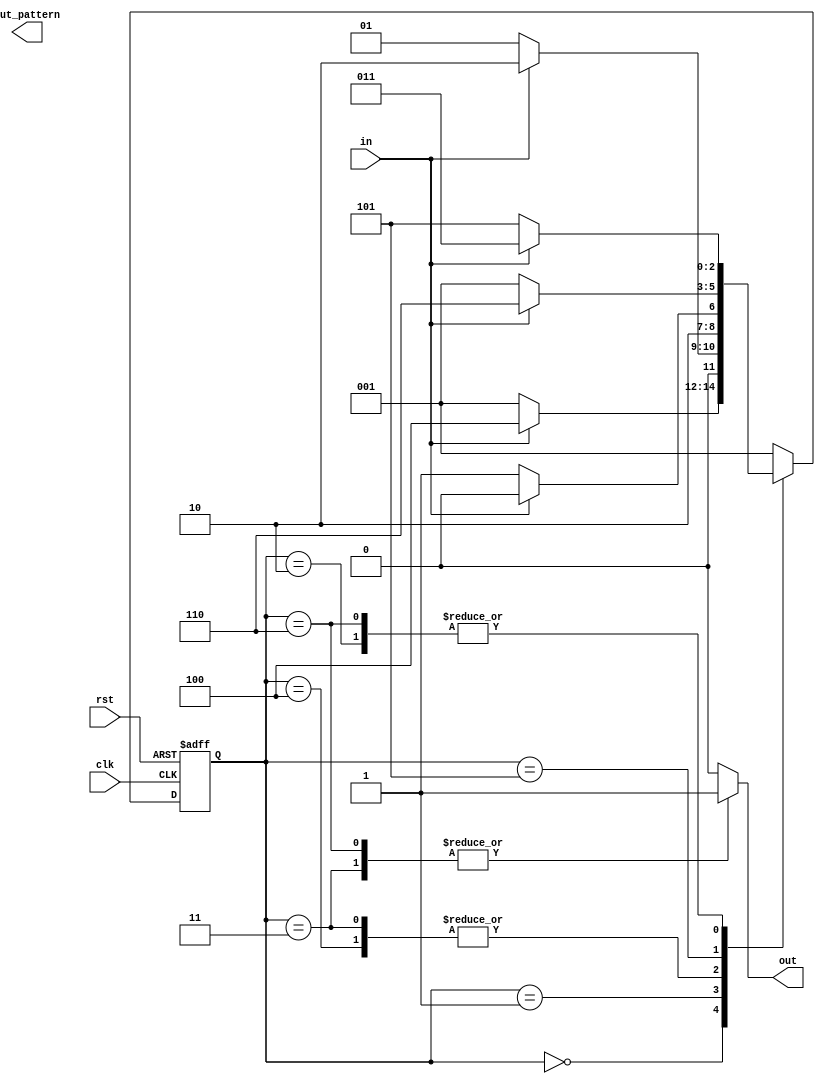
// pattern detection of 101 and 011 using mixed machine (moore machine)

module multi_pattern_fsm (clk, rst, in, out, out_pattern);		// to detect two patterns i.e. 011 and 1010 simultaneously

input clk, rst, in;							// variable in is to define the input sequence
output reg out;								// variable out goes high if the patter is detected
output reg [4:0] out_pattern;						// to check the current pattern that has been detected

parameter S0= 0, S1= 1, S2= 2, S3= 3, S4= 4, S5= 5, S6= 6, S7= 7; 	// 7 states
reg [2:0] PS, NS;							// to define the present state and the next state


always @(posedge clk or posedge rst)					// procedural block reset the present state if rst is high 

	begin 
	 if (rst) PS <= S0;
	 else PS<= NS;							// if the rst is not high then the present state should go to the next state
	end

always @(PS, in)							// procedural block to be executed when either the PS or the input changes

case (PS)

	S0:
	begin

		if (in==0)						// if input is 0 then the next state is S1 and the pattern detected is 0000 i.e. 0 is received at i/p
		 begin
		   NS<= S1;
		   //out_pattern<= 5'b00000;
		   out<= 0;
		 end 

		else
		 begin
		   NS<= S4;
		   //out_pattern<= 5'b10000;				// if input is 1 then the next state is S4 and the pattern detected is 1000 i.e. 0 is received at i/p
		   out<= 0;
		 end 

	end


	S1:
	begin

		if (in==1)						// if input is 0 then the next state is S1 and the pattern detected is 0000 i.e. 0 is received at i/p
		 begin
		   NS<= S2;
		   //out_pattern<= 5'b00001;
		   out<= 0;
		 end 

		else
		 begin
		   NS<= S1;
		   //out_pattern<= 5'b00000;				// if input is 0 then the next state is S1 and the pattern detected is 0000 i.e. 0 is received at i/p
		   out<= 0;
		 end 

	end

	S2:
	begin

		if (in==1)						// if input is 0 then the next state is S1 and the pattern detected is 0000 i.e. 0 is received at i/p
		 begin
		   NS<= S3;
		   //out_pattern<= 5'b00011;
		   out<= 0;
		 end 

		else
		 begin
		   NS<= S5;
		   //out_pattern<= 5'b00010;				// if input is 0 then the next state is S1 and the pattern detected is 0000 i.e. 0 is received at i/p
		   out<= 0;
		 end 

	end

	S3:
	begin

		if (in==0)						// if input is 0 then the next state is S1 and the pattern detected is 0000 i.e. 0 is received at i/p
		 begin
		   NS<= S5;
		   //out_pattern<= 5'b00110;
		   out<= 1;
		 end 

		else
		 begin
		   NS<= S4;
		   //out_pattern<= 5'b00111;				// if input is 0 then the next state is S1 and the pattern detected is 0000 i.e. 0 is received at i/p
		   out<= 1;
		 end 

	end

	S4:
	begin

		if (in==1)						// if input is 0 then the next state is S1 and the pattern detected is 0000 i.e. 0 is received at i/p
		 begin
		   NS<= S4;
		   //out_pattern<= 5'b00000;   //check
		   out<= 0;
		 end 

		else
		 begin
		   NS<= S5;
		   //out_pattern<= 5'b10000;  //check the pattern		// if input is 0 then the next state is S1 and the pattern detected is 0000 i.e. 0 is received at i/p
		   out<= 0;
		 end 

	end

	S5:
	begin

		if (in==1)						// if input is 0 then the next state is S1 and the pattern detected is 0000 i.e. 0 is received at i/p
		 begin
		   NS<= S6;
		   //out_pattern<= 5'b00101;   // check
		   out<= 0;
		 end 

		else
		 begin
		   NS<= S1;
		   //out_pattern<= 5'b00000;   //check			// if input is 0 then the next state is S1 and the pattern detected is 0000 i.e. 0 is received at i/p
		   out<= 0;
		 end 

	end

	S6:
	begin

		if (in==0)						// if input is 0 then the next state is S1 and the pattern detected is 0000 i.e. 0 is received at i/p
		 begin
		   NS<= S5;
		   //out_pattern<= 5'b01010;   //check
		   out<= 1;
		 end 

		else
		 begin
		   NS<= S3;
		   //out_pattern<= 5'b01011;   //check			// if input is 0 then the next state is S1 and the pattern detected is 0000 i.e. 0 is received at i/p
		   out<= 1;
		 end 

	end

	/*S7:
	begin

		if (in==0)						// if input is 0 then the next state is S1 and the pattern detected is 0000 i.e. 0 is received at i/p
		 begin
		   NS<= S1;
		   out_pattern<= 5'b10100;   //check
		   out<= 0;
		 end 

		else
		 begin
		   NS<= S6;
		   out_pattern<= 5'b10101;   //check			// if input is 0 then the next state is S1 and the pattern detected is 0000 i.e. 0 is received at i/p
		   out<= 0;
		 end 

	end*/

	default:
	begin

		   NS<= S1;
		   //out_pattern<= 5'b00000;   //check
		   out<= 0;

	end


endcase

endmodule